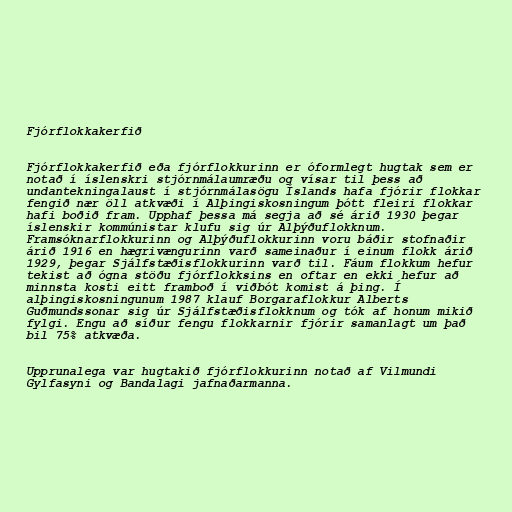
Fjórflokkakerfið

Fjórflokkakerfið eða fjórflokkurinn er óformlegt hugtak sem er
notað í íslenskri stjórnmálaumræðu og vísar til þess að
undantekningalaust í stjórnmálasögu Íslands hafa fjórir flokkar
fengið nær öll atkvæði í Alþingiskosningum þótt fleiri flokkar
hafi boðið fram. Upphaf þessa má segja að sé árið 1930 þegar
íslenskir kommúnistar klufu sig úr Alþýðuflokknum.
Framsóknarflokkurinn og Alþýðuflokkurinn voru báðir stofnaðir
árið 1916 en hægrivængurinn varð sameinaður í einum flokk árið
1929, þegar Sjálfstæðisflokkurinn varð til. Fáum flokkum hefur
tekist að ógna stöðu fjórflokksins en oftar en ekki hefur að
minnsta kosti eitt framboð í viðbót komist á þing. Í
alþingiskosningunum 1987 klauf Borgaraflokkur Alberts
Guðmundssonar sig úr Sjálfstæðisflokknum og tók af honum mikið
fylgi. Engu að síður fengu flokkarnir fjórir samanlagt um það
bil 75% atkvæða.

Upprunalega var hugtakið fjórflokkurinn notað af Vilmundi
Gylfasyni og Bandalagi jafnaðarmanna.